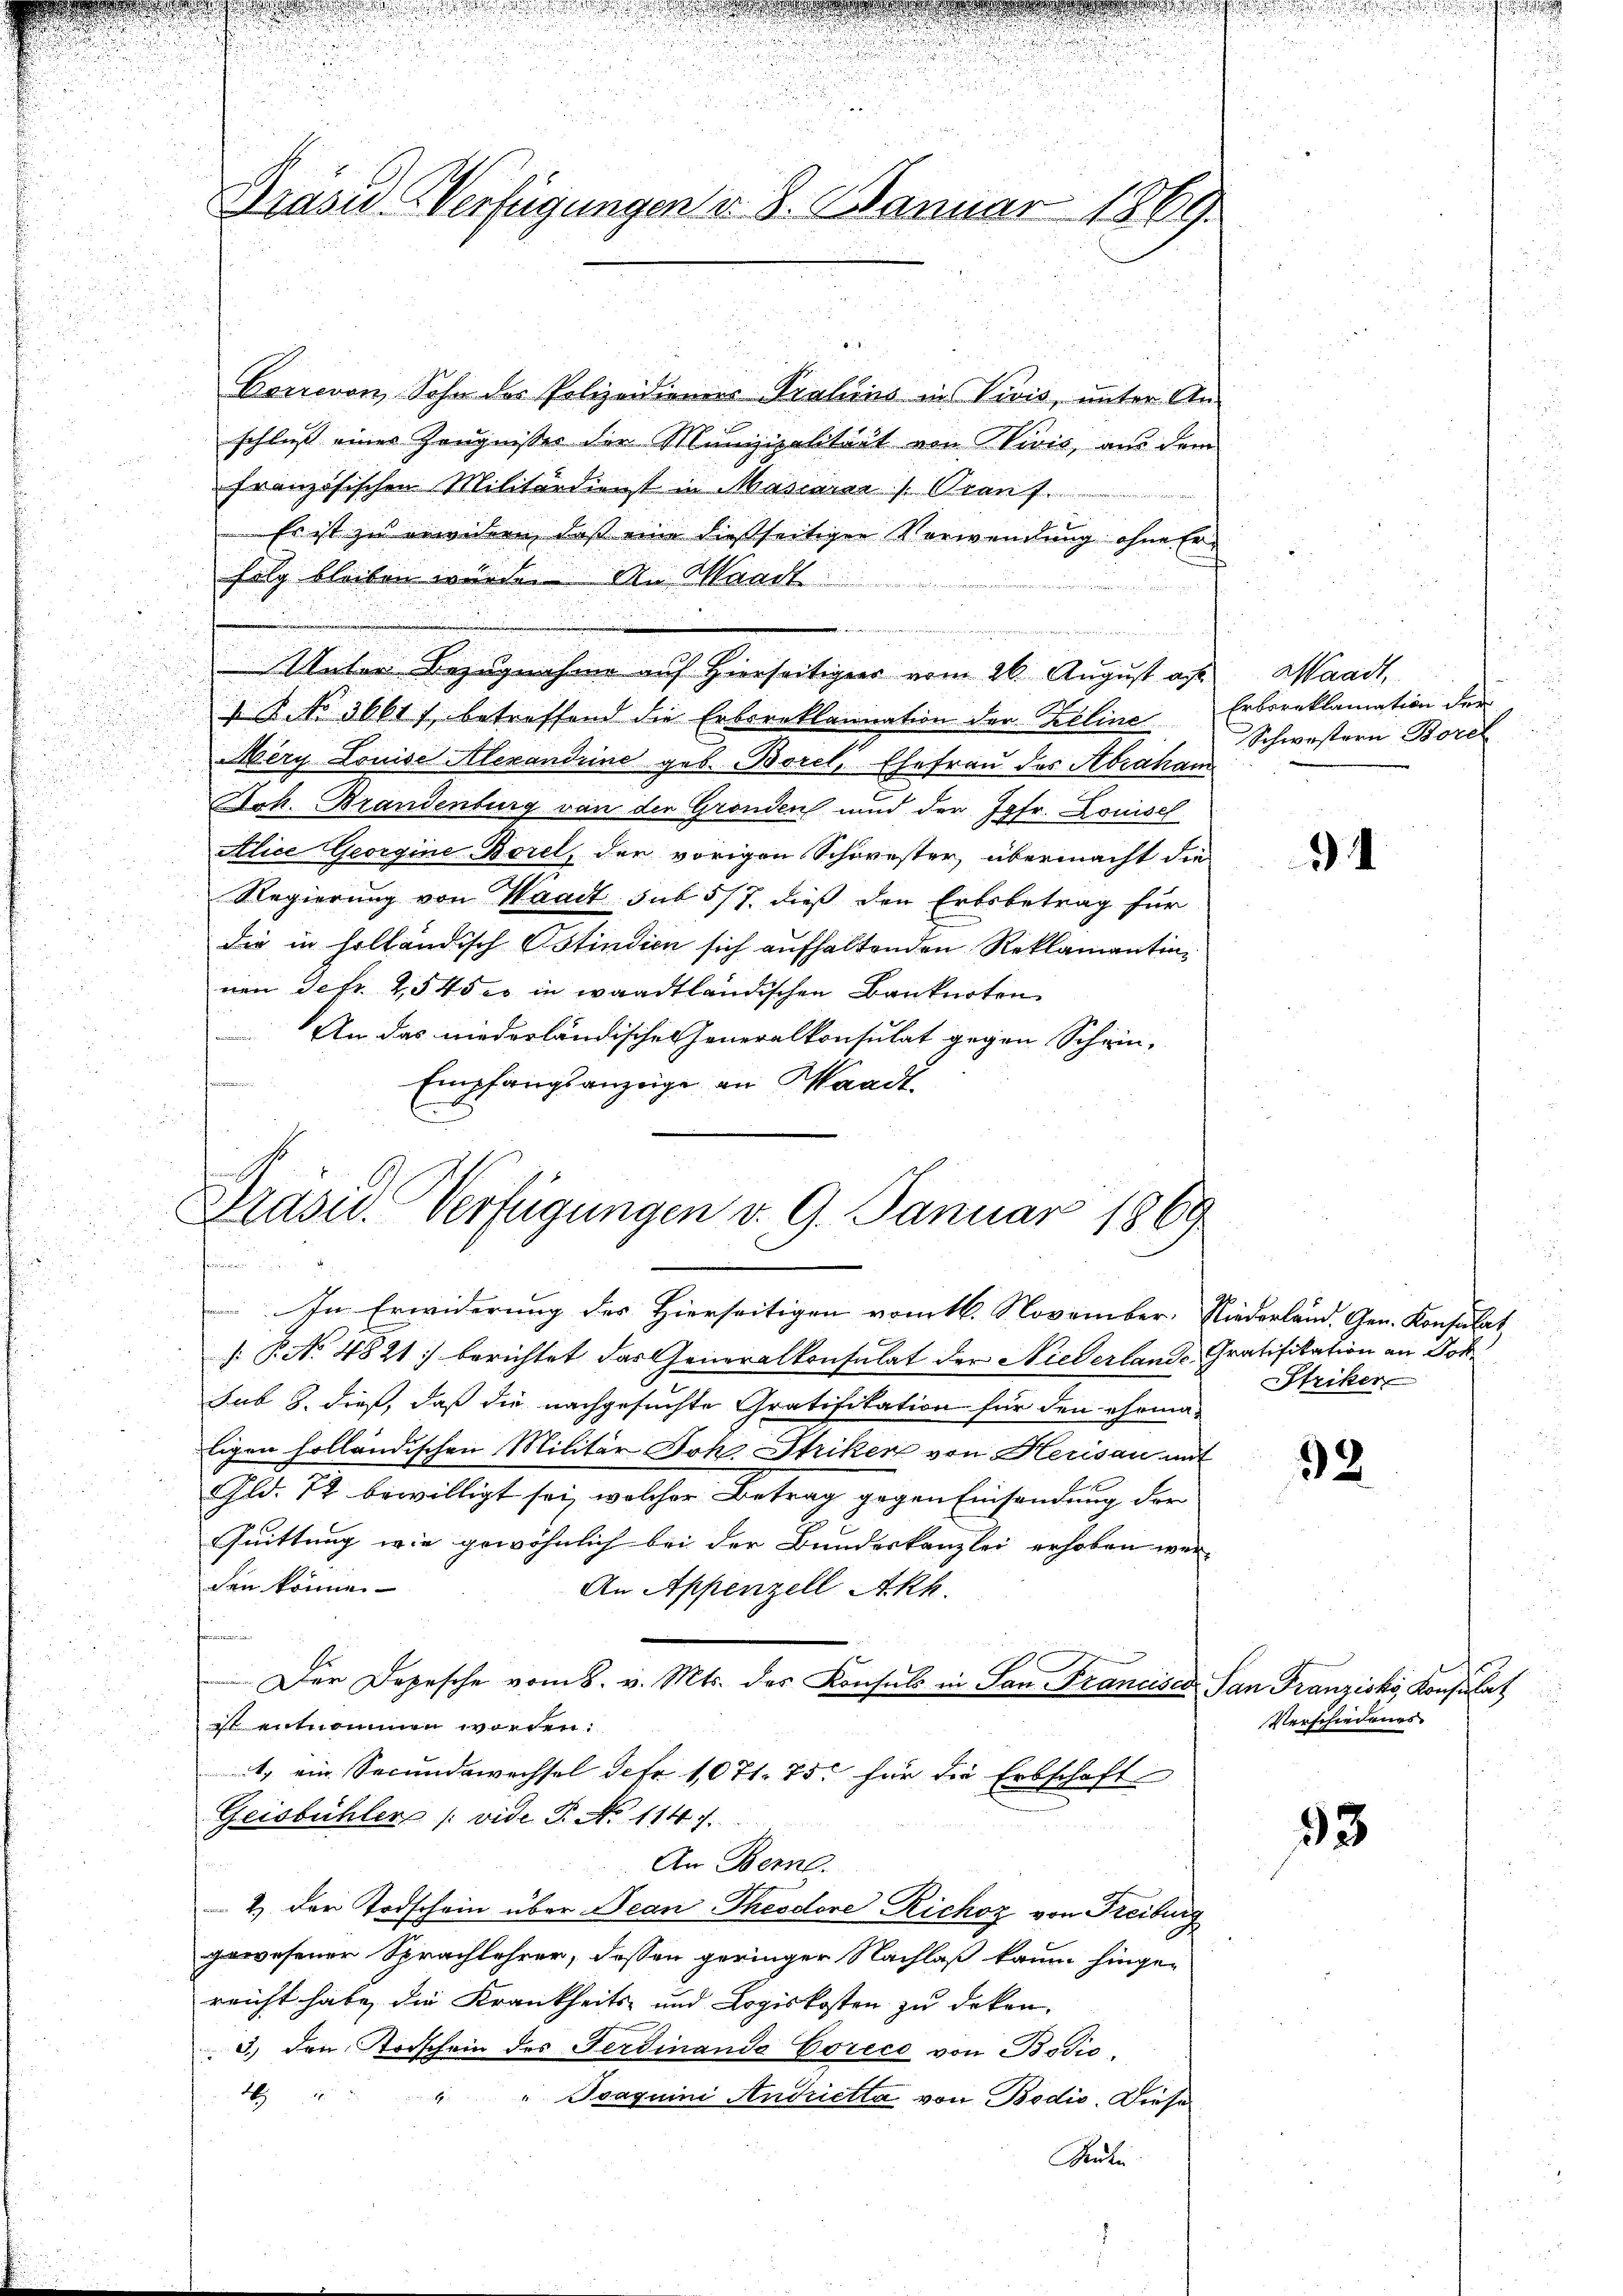
i
Präsid-Verfügungen d. 8. Januar 1869

Boneron, Sohn des Polizeidienes Prakins in Vivis, unter An-
schluß eines Zeugnisses der Munizipalität von Divis, aus dem
französischen Militärdienst in Mariarer Grauf.
Es ist zu erwidern, daß eine dießseitigen Verwendung ohne Erfolg bleiben würde. An Waadt
Vater Bezugnahme auf Hierseitigens vom 26. August a. Waadt,
 K. No 3661 f. betreffend die Erbereklamnation der Keline Erbereklamation der
Mery Louise Alexandrine geb. Borel, Ehefrau des Abraham
Dok. Brandenburg von der Gronden und der Jgfr. Louisel
Alice Georgine Borel, der vorigen Schwester, übermacht die
Regierung von Waadt sub 5/7. dieß den Erbsbetrag für
die in holländisch Ostindien sich aufhaltenden Reklamantin
nen Febr. 2545 eo in waadtländischen Banknoten
An das niederländischen Generalkonsulat gegen Schein-
Empfangsanzeige an Waadt.

Drasu. Verfügungen v. 9. Januar 1860

In Erwiderung des Hierseitigen vom 16. November. Niederland. Gen. Konsulat
. P. No 4821 berichtet das Generalkonsulat der Niederlande Gratifikation an Joh
sub 8. dieß, daß die nachgesuchte Gratifikation für den ehema-
ligen holländischen Militär Joh. Striken von Herisau mit
Fld. 72 bewilligt sei, welcher Betrag gegen Einsendung der
Quittung wie gewöhnlich bei der Bundeskanzlei erhoben wer-
den könne.
An Appenzell Akk.
Der Depesche vom 8. v. Mts. des Konsuls in San Francises San Franzisky Konsulat
ist entnommen worden.
1, ein Secundawechsel defr. 1071. 75. für die Erbschaft
Geisbühler (vide P. No 1147.
An Berne
2) der Todschein über Jean Theodore Richoz von Freiburg
gewesener Sprachlehrer, dessen geringer Nachlaß kaum hingereicht habe, die Krankheits- und Logiskosten zu deken.
3.) Den Todschein des Ferdinande Gorico von Bodis,
26
" Isaguini Andrietta von Bodio. Diese
Beuten.

u

Schwestern Borel

3

Striker

32

Verschiedenes.

33